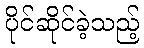
ပိုင်ဆိုင်ခဲ့သည့်